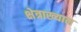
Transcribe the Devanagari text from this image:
क्षेत्राख्यान